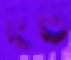
দণ্ড